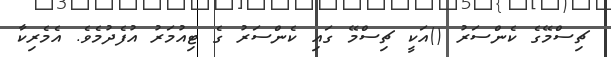
ޗިސްމޭގެ ކެންސަރު ()އަކީ ޗިސްމޭ ގައި ކެންސަރު ގެ ޓިއުމަރު އުފެދުމެވެ. އެމެރިކާ